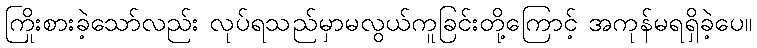
ကြိုးစားခဲ့သော်လည်း လုပ်ရသည်မှာမလွယ်ကူခြင်းတို့ကြောင့် အကုန်မရရှိခဲ့ပေ။